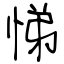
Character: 悌